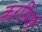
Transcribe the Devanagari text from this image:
करमियों